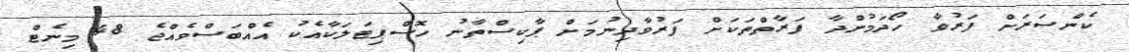
ކެންސަރަށް ފަރުވާ ހޯދަމުންދާ ފަރާތްތަކަށް ފަރުވާދިނުމަށް ޕާކިސްތާނު ހޮސްޕިޓަލަކާއެކު އެއްބަސްވެއްޖެ 48 މިނެޓް